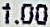
1.00